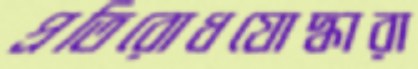
প্রতিরোধযোদ্ধারা